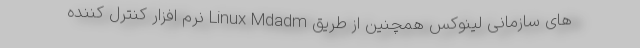
های سازمانی لینوکس همچنین از طریق Linux Mdadm نرم افزار کنترل کننده